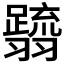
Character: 𮋗